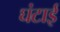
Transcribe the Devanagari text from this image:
घंटाई